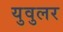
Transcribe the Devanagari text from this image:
युवुलर